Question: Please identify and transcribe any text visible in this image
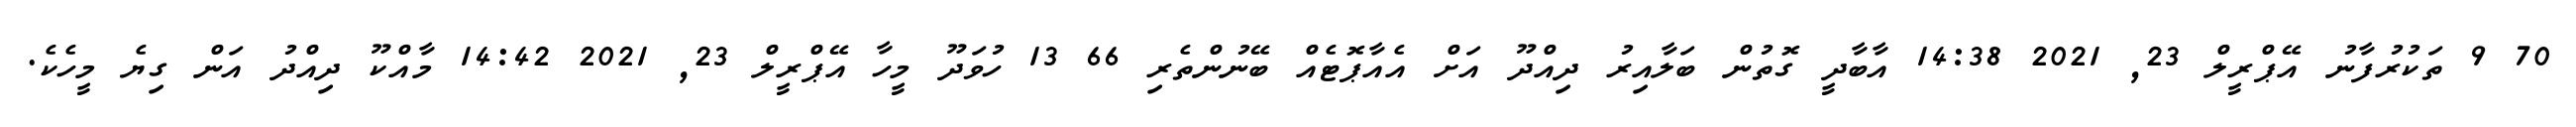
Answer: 70 9 ތަކުރުފާނު އޭޕްރީލް 23, 2021 14:38 އާބާދީ ގޮތުން ބަލާއިރު ދިއްދޫ އަށް އެއާޕޮޓެއް ބޭނުންތެރި 66 13 ހުވަދޫ މީހާ އޭޕްރީލް 23, 2021 14:42 މާއްކޫ ދިއްދު އަން ގިޔެ މީހެކެ.